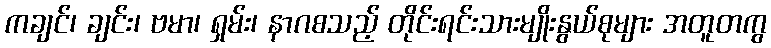
ကချင်၊ ချင်း၊ ဗမာ၊ ရှမ်း၊ နာဂစသည့် တိုင်းရင်းသားမျိုးနွယ်စုများ အတူတကွ